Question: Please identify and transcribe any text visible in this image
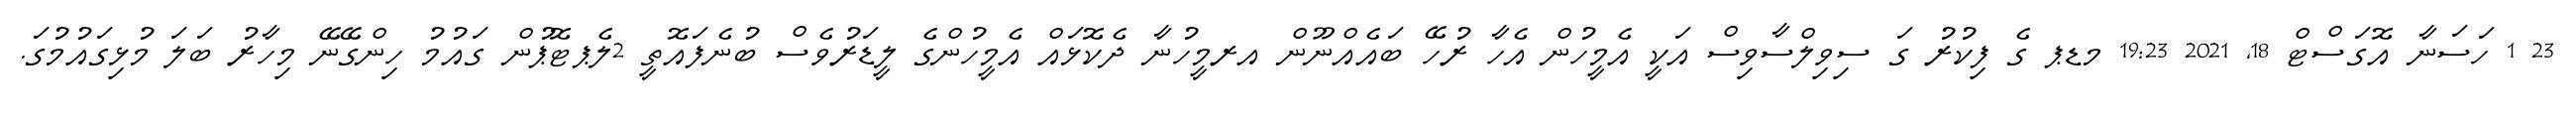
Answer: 23 1 ހަސަނާ އޮގަސްޓް 18, 2021 19:23 މޑޕ ގެ ފިކުރު ގަ ސިވިލްސާވިސް އަކީ އެމީހުން އެހާ ރުހޭ ބައެއްނޫން އރމީހުނާ ދެކޮޅައް އެމީހުންގެ ލީޑަރުވެސް ބުނެފައޮތީ 2ލެޕޓޮޕުން ގައުމު ހިންގޭނޭ މިހާރު ބަލަ މުޅިގައުމުގަ.